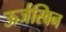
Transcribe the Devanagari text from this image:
ऊर्जस्विन